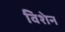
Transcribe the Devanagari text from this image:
विशेन